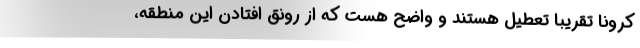
كرونا تقريبا تعطيل هستند و واضح هست كه از رونق افتادن اين منطقه،